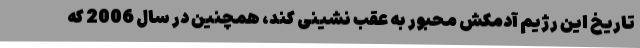
تاریخ این رژیم آدمکش محبور به عقب نشینی کند، همچنین در سال 2006 که